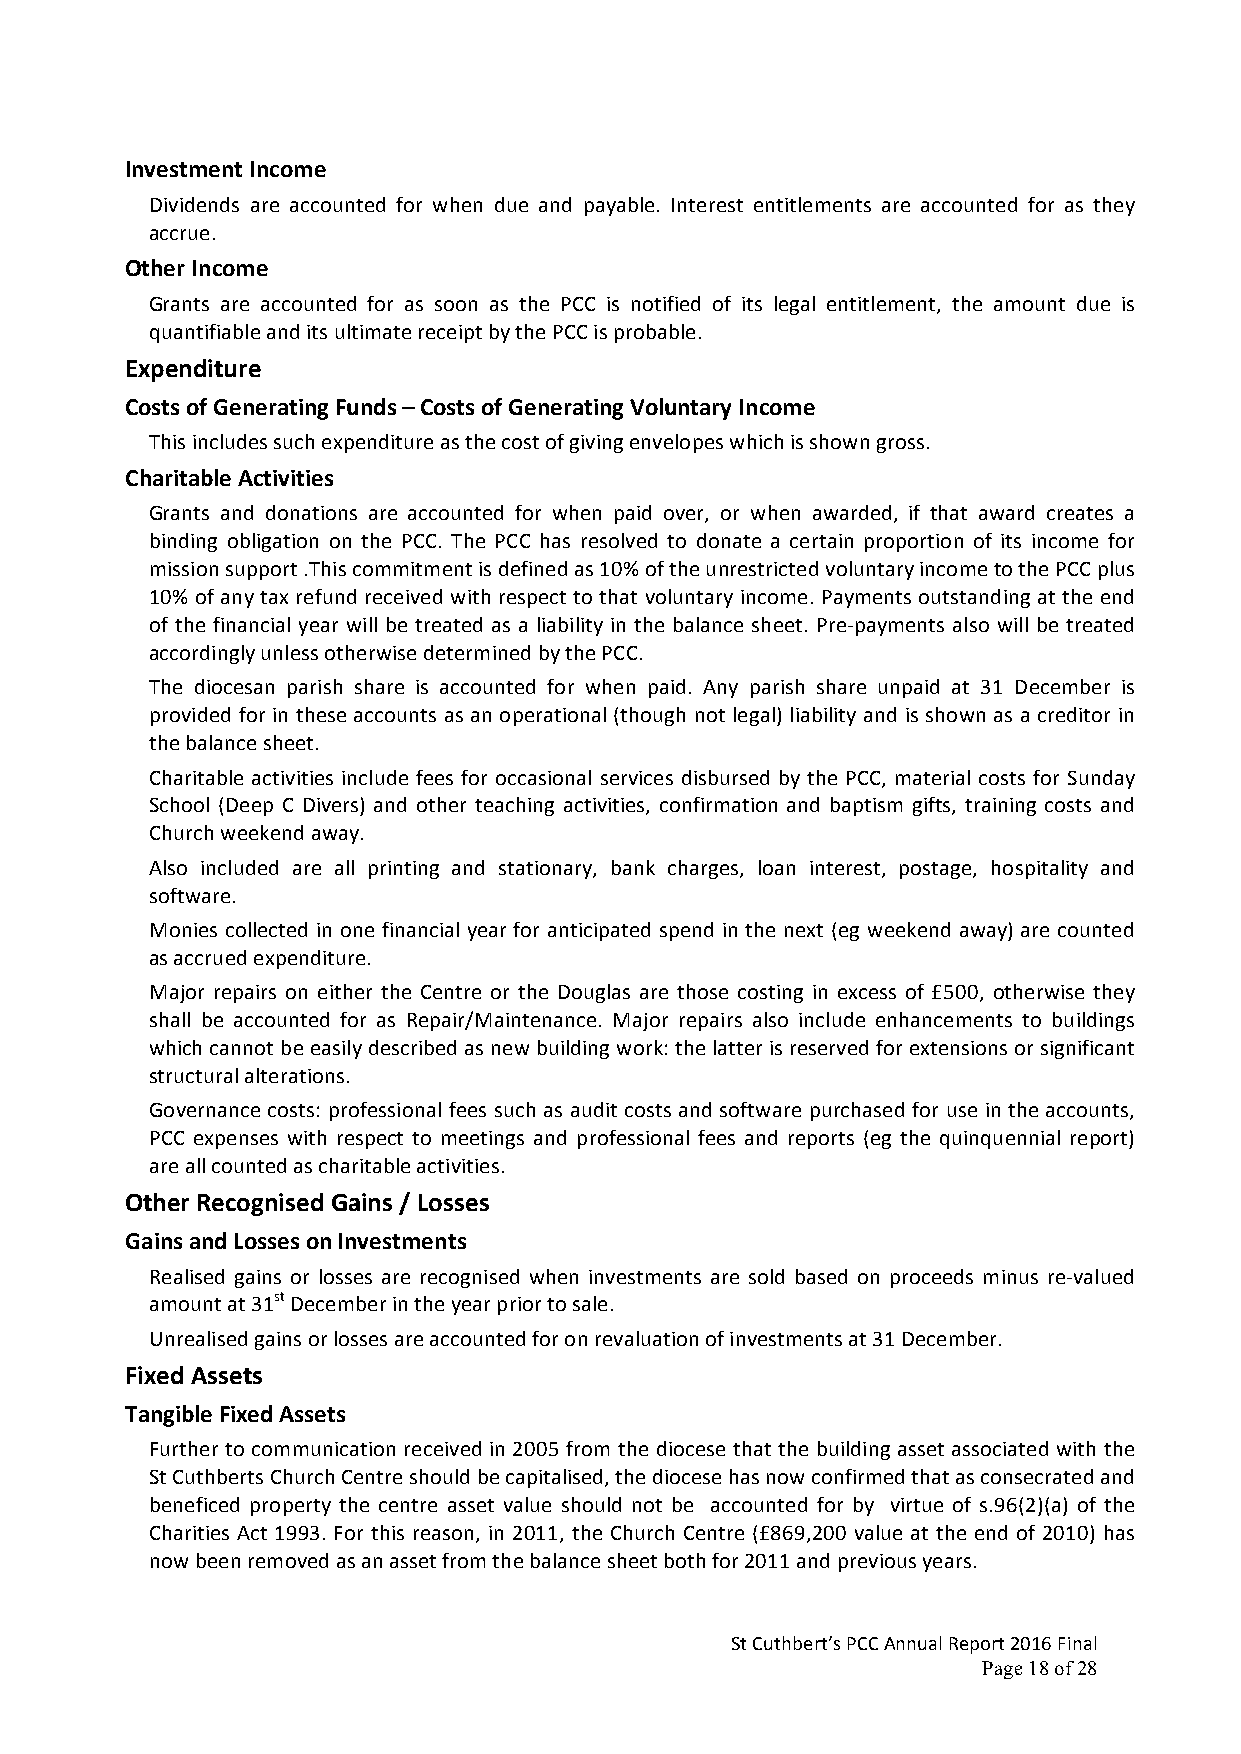
Investment Income
 Dividends are accounted for when due and payable. Interest entitlements are accounted for as they
 accrue.
 Other Income
 Grants are accounted for as soon as the PCC is notified of its legal entitlement, the amount due is
 quantifiable and its ultimate receipt by the PCC is probable.
 Expenditure
 Costs of Generating Funds – Costs of Generating Voluntary Income
 This includes such expenditure as the cost of giving envelopes which is shown gross.
 Charitable Activities
 Grants and donations are accounted for when paid over, or when awarded, if that award creates a
 binding obligation on the PCC. The PCC has resolved to donate a certain proportion of its income for
 mission support .This commitment is defined as 10% of the unrestricted voluntary income to the PCC plus
 10% of any tax refund received with respect to that voluntary income. Payments outstanding at the end
 of the financial year will be treated as a liability in the balance sheet. Pre-payments also will be treated
 accordingly unless otherwise determined by the PCC.
 The diocesan parish share is accounted for when paid. Any parish share unpaid at 31 December is
 provided for in these accounts as an operational (though not legal) liability and is shown as a creditor in
 the balance sheet.
 Charitable activities include fees for occasional services disbursed by the PCC, material costs for Sunday
 School (Deep C Divers) and other teaching activities, confirmation and baptism gifts, training costs and
 Church weekend away.
 Also included are all printing and stationary, bank charges, loan interest, postage, hospitality and
 software.
 Monies collected in one financial year for anticipated spend in the next (eg weekend away) are counted
 as accrued expenditure.
 Major repairs on either the Centre or the Douglas are those costing in excess of £500, otherwise they
 shall be accounted for as Repair/Maintenance. Major repairs also include enhancements to buildings
 which cannot be easily described as new building work: the latter is reserved for extensions or significant
 structural alterations.
 Governance costs: professional fees such as audit costs and software purchased for use in the accounts,
 PCC expenses with respect to meetings and professional fees and reports (eg the quinquennial report)
 are all counted as charitable activities.
 Other Recognised Gains / Losses
 Gains and Losses on Investments
 Realised gains or losses are recognised when investments are sold based on proceeds minus re-valued
 amount at 31st December in the year prior to sale.
 Unrealised gains or losses are accounted for on revaluation of investments at 31 December.
 Fixed Assets
 Tangible Fixed Assets
 Further to communication received in 2005 from the diocese that the building asset associated with the
 St Cuthberts Church Centre should be capitalised, the diocese has now confirmed that as consecrated and
 beneficed property the centre asset value should not be accounted for by virtue of s.96(2)(a) of the
 Charities Act 1993. For this reason, in 2011, the Church Centre (£869,200 value at the end of 2010) has
 now been removed as an asset from the balance sheet both for 2011 and previous years.
 St Cuthbert’s PCC Annual Report 2016 Final
 Page 18 of 28